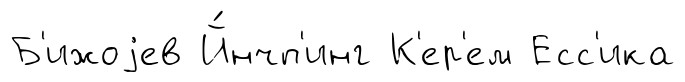
Б'ижоjев Й́нчп'инг К'ер'ем Есс'ика